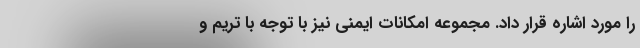
را مورد اشاره قرار داد. مجموعه امکانات ایمنی نیز با توجه با تریم و